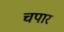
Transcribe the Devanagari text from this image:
चपार